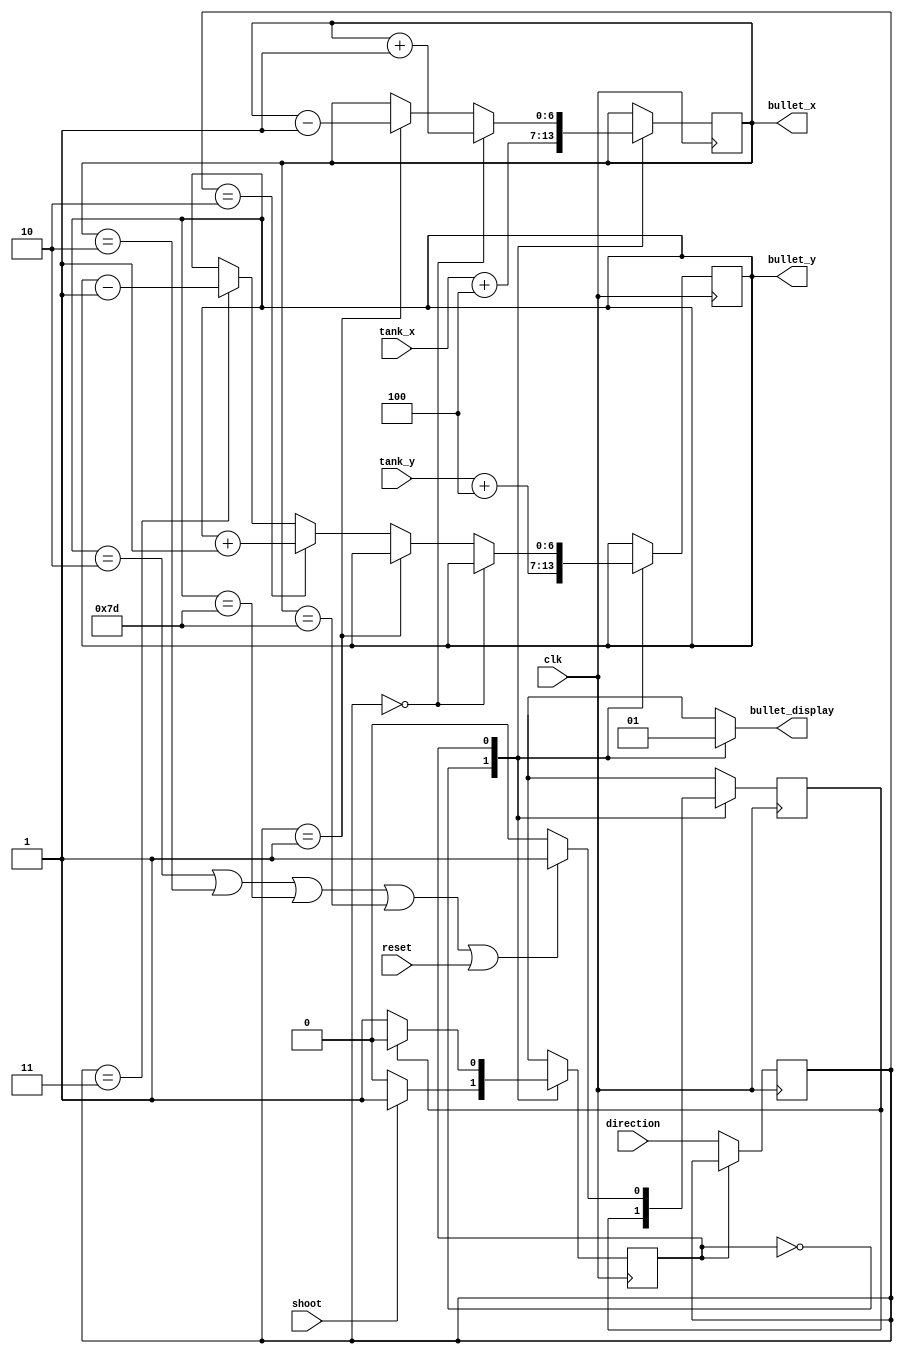
module bullet(clk, shoot, tank_x, tank_y, direction, bullet_display, bullet_x, bullet_y, reset);
		input clk, shoot, reset;
		input [1:0] direction;
		input [6:0] tank_x, tank_y;
		
		reg [1:0] current_direction;

		localparam BULLET_IDLE = 1'b0,
				     BULLET_SHOOTING = 1'b1;
		
		output reg bullet_display;
		output reg [6:0] bullet_x, bullet_y;
		
		reg done;
		reg current_state, next_state;
		
		always@(*)
		begin: state_table
			case(current_state)
				BULLET_IDLE: next_state = shoot ? BULLET_SHOOTING : BULLET_IDLE;
				BULLET_SHOOTING: next_state = done ? BULLET_IDLE : BULLET_SHOOTING;
				default: next_state = BULLET_IDLE;
			endcase
		end
		
		always@(*)
		begin: enable_signals
			case(current_state)
				BULLET_IDLE: begin
					bullet_display <= 0;
				end
				BULLET_SHOOTING: begin
					bullet_display <= 1;
				end
			endcase
		end
		
		always@(posedge clk)
		begin
			case(current_state)
				BULLET_IDLE: begin
					// Sync bullet position with tank
					bullet_x <= tank_x + 4;
					bullet_y <= tank_y + 4;
					current_direction <= direction;
				end
				BULLET_SHOOTING: begin
					if(current_direction == 2'b00)
						bullet_x <= bullet_x + 1;
					else if(current_direction == 2'b01)
						bullet_x <= bullet_x - 1;
					else if(current_direction == 2'b10)
						bullet_y <= bullet_y + 1;
					else if(current_direction == 2'b11)
						bullet_y <= bullet_y - 1;
					if(bullet_y == 7'b0000010 || bullet_x == 7'b0000010 || bullet_y == 7'b1111101 || bullet_x == 7'b1111101 || reset)
						done = 1;
					else
						done = 0;
				end
			endcase
		end
		
		always@(posedge clk)
		begin
			current_state <= next_state;
		end
endmodule